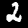
Digit: 2